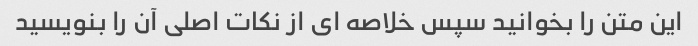
این متن را بخوانید سپس خلاصه ای از نکات اصلی آن را بنویسید